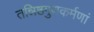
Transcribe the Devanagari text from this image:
तन्निष्ठगुणकर्मणां